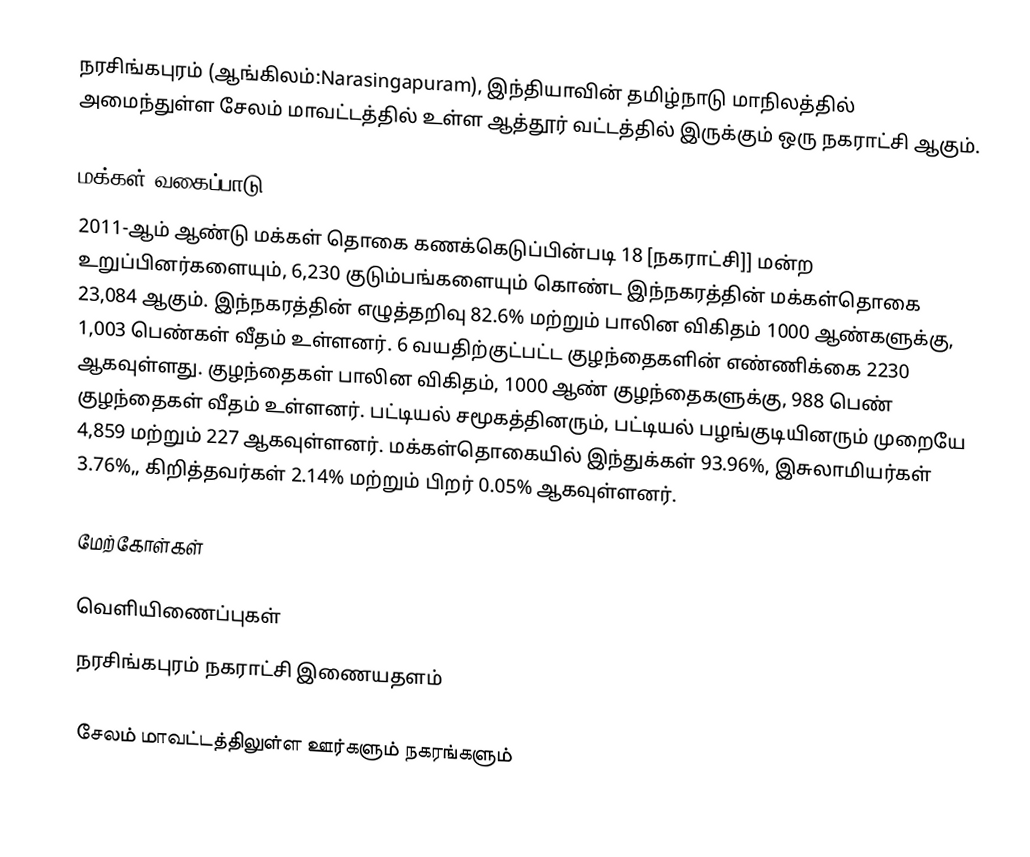
நரசிங்கபுரம் (ஆங்கிலம்:Narasingapuram), இந்தியாவின் தமிழ்நாடு மாநிலத்தில் அமைந்துள்ள சேலம் மாவட்டத்தில் உள்ள ஆத்தூர் வட்டத்தில் இருக்கும் ஒரு நகராட்சி ஆகும்.

மக்கள் வகைப்பாடு
2011-ஆம் ஆண்டு மக்கள் தொகை கணக்கெடுப்பின்படி 18 [நகராட்சி]] மன்ற உறுப்பினர்களையும், 6,230   குடும்பங்களையும் கொண்ட இந்நகரத்தின் மக்கள்தொகை 23,084 ஆகும். இந்நகரத்தின் எழுத்தறிவு 82.6% மற்றும் பாலின விகிதம் 1000 ஆண்களுக்கு, 1,003 பெண்கள் வீதம் உள்ளனர். 6 வயதிற்குட்பட்ட குழந்தைகளின்  எண்ணிக்கை 2230 ஆகவுள்ளது. குழந்தைகள் பாலின விகிதம், 1000 ஆண் குழந்தைகளுக்கு,  988  பெண் குழந்தைகள் வீதம் உள்ளனர். பட்டியல் சமூகத்தினரும், பட்டியல் பழங்குடியினரும்  முறையே 4,859 மற்றும் 227 ஆகவுள்ளனர். மக்கள்தொகையில் இந்துக்கள் 93.96%,  இசுலாமியர்கள் 3.76%,, கிறித்தவர்கள் 2.14% மற்றும் பிறர் 0.05% ஆகவுள்ளனர்.

மேற்கோள்கள்

வெளியிணைப்புகள்
  நரசிங்கபுரம் நகராட்சி இணையதளம்

சேலம் மாவட்டத்திலுள்ள ஊர்களும் நகரங்களும்